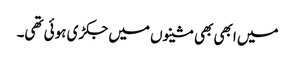
میں ابھی بھی مشینوں میں جکڑی ہوئی تھی۔